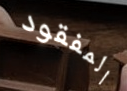
المفقود